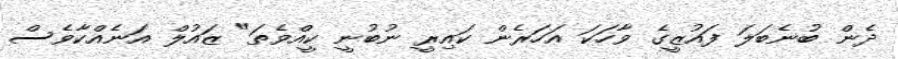
ދެން ބުނެބަލަ ފައުޒީގެ ވާހަކަ އަހަރެން ކައިރީ ނުބުނީ ކީއްވެތަ" ޒައުލް އަނެއްކާވެސް